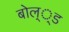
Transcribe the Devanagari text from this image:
बोल््ड